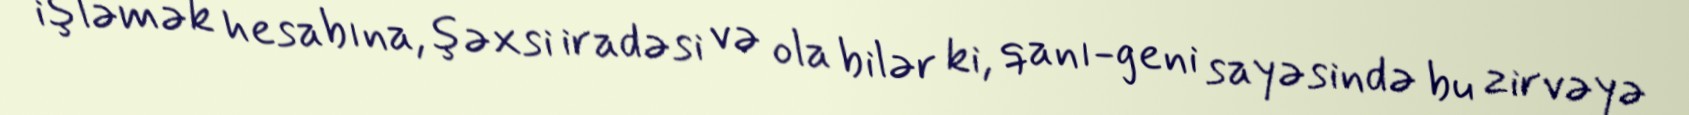
işləmək hesabına, şəxsi iradəsi və ola bilər ki, qanı-geni sayəsində bu zirvəyə